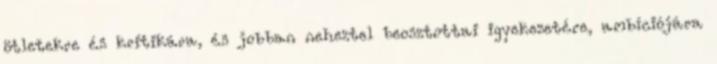
ötletekre és kritikára, és jobban neheztel beosztottai igyekezetére, ambíciójára